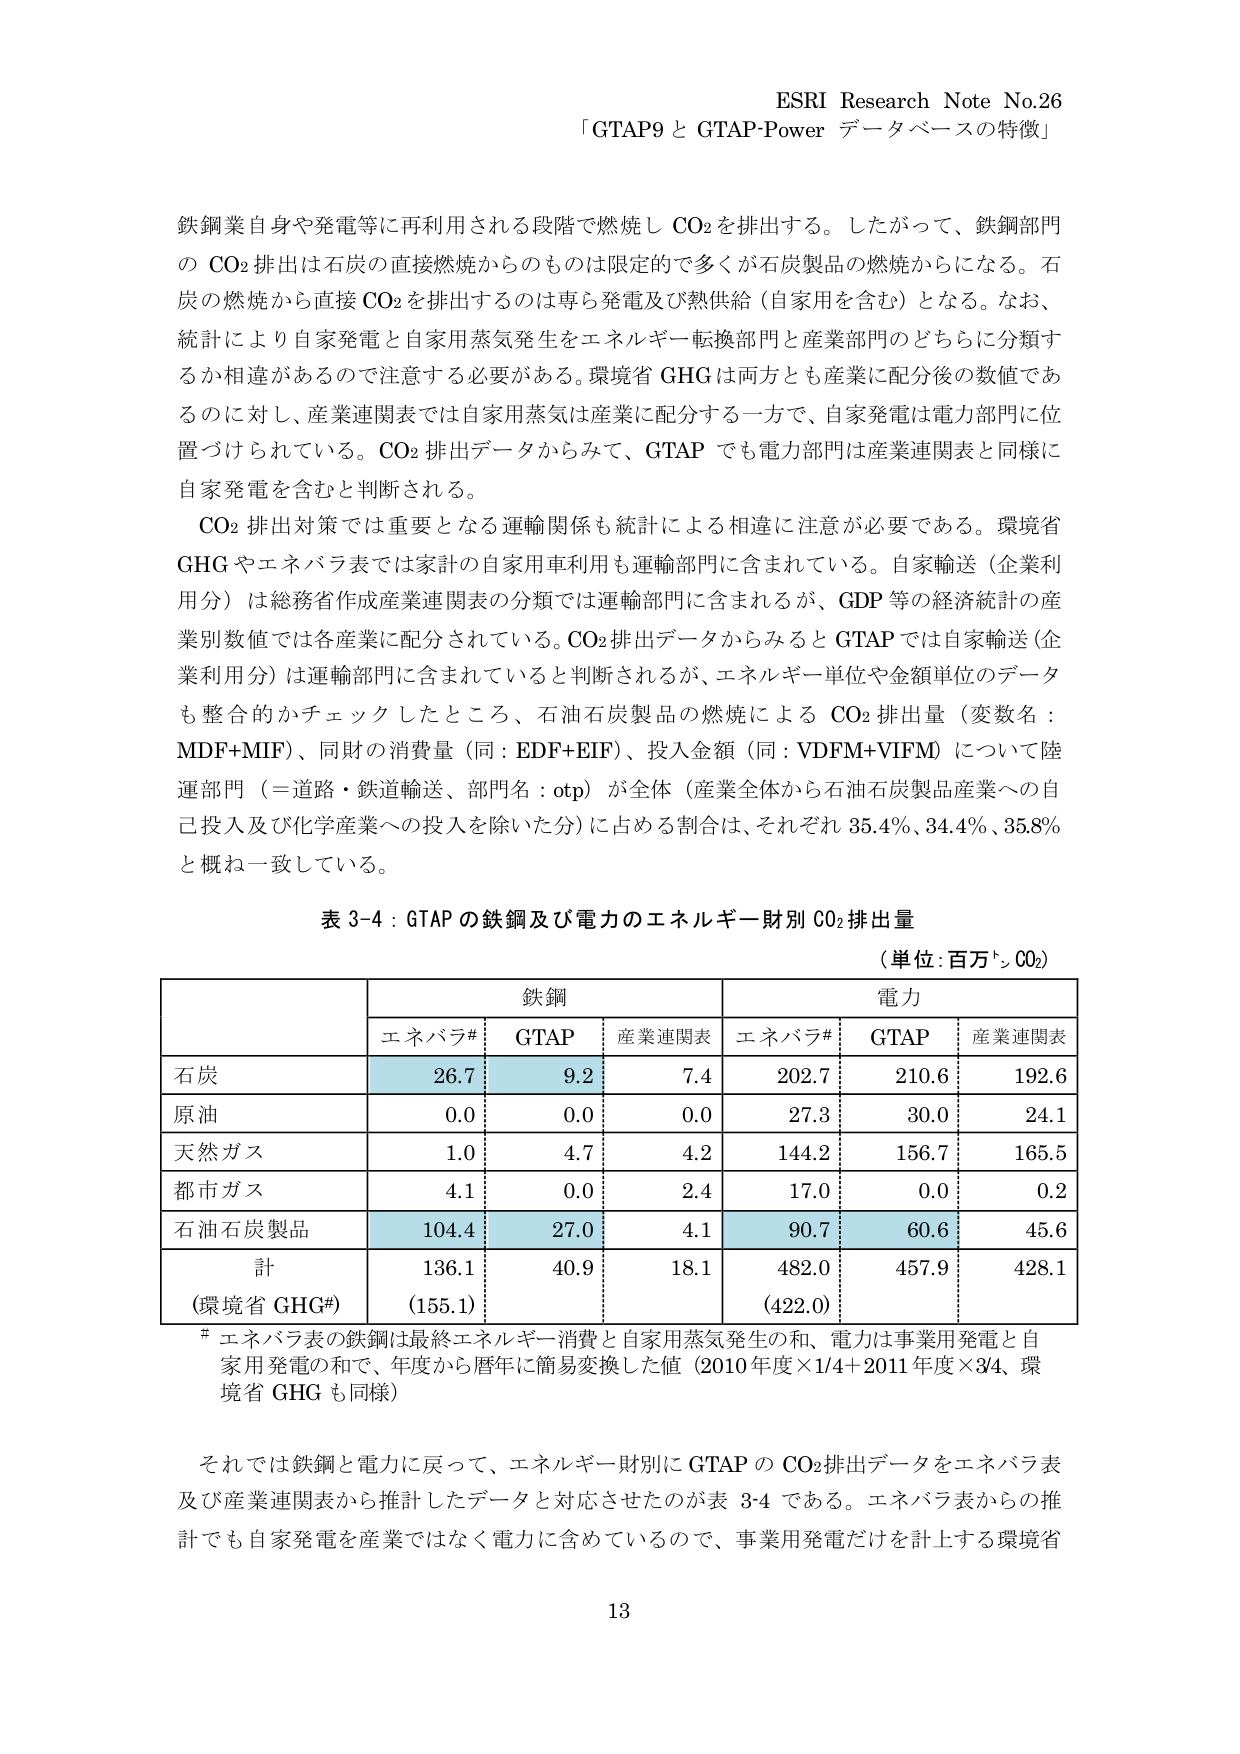
ESRI Research Note No.26
「GTAP9 と GTAP-Power データベースの特徴」

鉄鋼業自身や発電等に再利用される段階で燃焼し CO₂ を排出する。したがって、鉄鋼部門の CO₂ 排出は石炭の直接燃焼からのものは限定的で多くが石炭製品の燃焼からになる。石炭の燃焼から直接 CO₂ を排出するのは専ら発電及び熱供給（自家用を含む）となる。なお、統計により自家発電と自家用蒸気発生をエネルギー転換部門と産業部門のどちらに分類するか相違があるので注意する必要がある。環境省 GHG は両方とも産業に配分後の数値であるのに対し、産業連関表では自家用蒸気は産業に配分する一方で、自家発電は電力部門に位置づけられている。CO₂ 排出データからみて、GTAP でも電力部門は産業連関表と同様に自家発電を含むと判断される。

CO₂ 排出対策では重要となる運輸関係も統計による相違に注意が必要である。環境省 GHG やエネパラ表では家計の自家用車利用も運輸部門に含まれている。自家輸送（企業利用分）は総務省作成産業連関表の分類では運輸部門に含まれるが、GDP 等の経済統計の産業別数値では各産業に配分されている。CO₂ 排出データからみると GTAP では自家輸送（企業利用分）は運輸部門に含まれていると判断されるが、エネルギー単位や金額単位のデータも整合的かチェックしたところ、石油石炭製品の燃焼による CO₂ 排出量（変数名：MDF+MIF）、同財の消費量（同：EDF+EIF）、投入金額（同：VDFM+VIFM）について陸運部門（＝道路・鉄道輸送、部門名：otp）が全体（産業全体から石油石炭製品産業への自己投入及び化学産業への投入を除いた分）に占める割合は、それぞれ 35.4%、34.4%、35.8% と概ね一致している。

表 3-4：GTAP の鉄鋼及び電力のエネルギー財別 CO₂ 排出量
（単位：百万トン CO₂）

| | 鉄鋼 | | 電力 | |
|---|---|---|---|---|
| | エネパラ# | GTAP | 産業連関表 | エネパラ# | GTAP | 産業連関表 |
| 石炭 | 26.7 | 9.2 | 7.4 | 202.7 | 210.6 | 192.6 |
| 原油 | 0.0 | 0.0 | 0.0 | 27.3 | 30.0 | 24.1 |
| 天然ガス | 1.0 | 4.7 | 4.2 | 144.2 | 156.7 | 165.5 |
| 都市ガス | 4.1 | 0.0 | 2.4 | 17.0 | 0.0 | 0.2 |
| 石油石炭製品 | 104.4 | 27.0 | 4.1 | 90.7 | 60.6 | 45.6 |
| 計 | 136.1 | 40.9 | 18.1 | 482.0 | 457.9 | 428.1 |
| （環境省 GHG#） | (155.1) | | | (422.0) | | |

# エネパラ表の鉄鋼は最終エネルギー消費と自家用蒸気発生の和、電力は事業用発電と自家用発電の和で、年度から暦年に簡易変換した値（2010年度×1/4＋2011年度×3/4、環境省 GHG も同様）

それでは鉄鋼と電力に戻って、エネルギー財別に GTAP の CO₂ 排出データをエネパラ表及び産業連関表から推計したデータと対応させたのが表 3-4 である。エネパラ表からの推計でも自家発電を産業ではなく電力に含めているので、事業用発電だけを計上する環境省

13